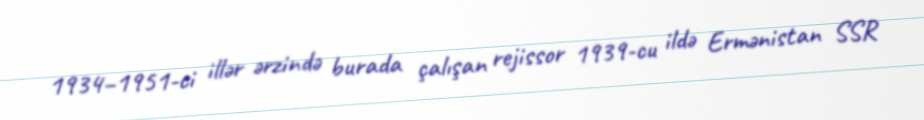
1934–1951-ci illər ərzində burada çalışan rejissor 1939-cu ildə Ermənistan SSR